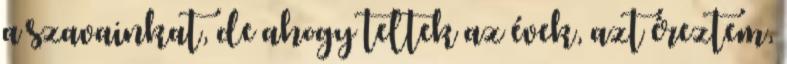
a szavainkat, de ahogy teltek az évek, azt éreztem,